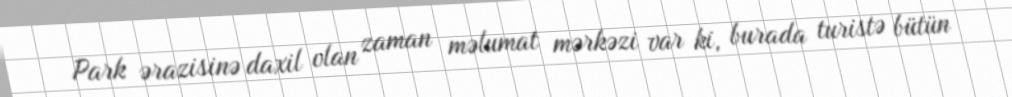
Park ərazisinə daxil olan zaman məlumat mərkəzi var ki, burada turistə bütün